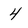
Character: 4